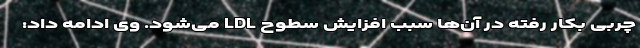
چربی بکار رفته در آن‌ها سبب افزایش سطوح LDL می‌شود. وی ادامه داد: